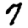
Digit: 7